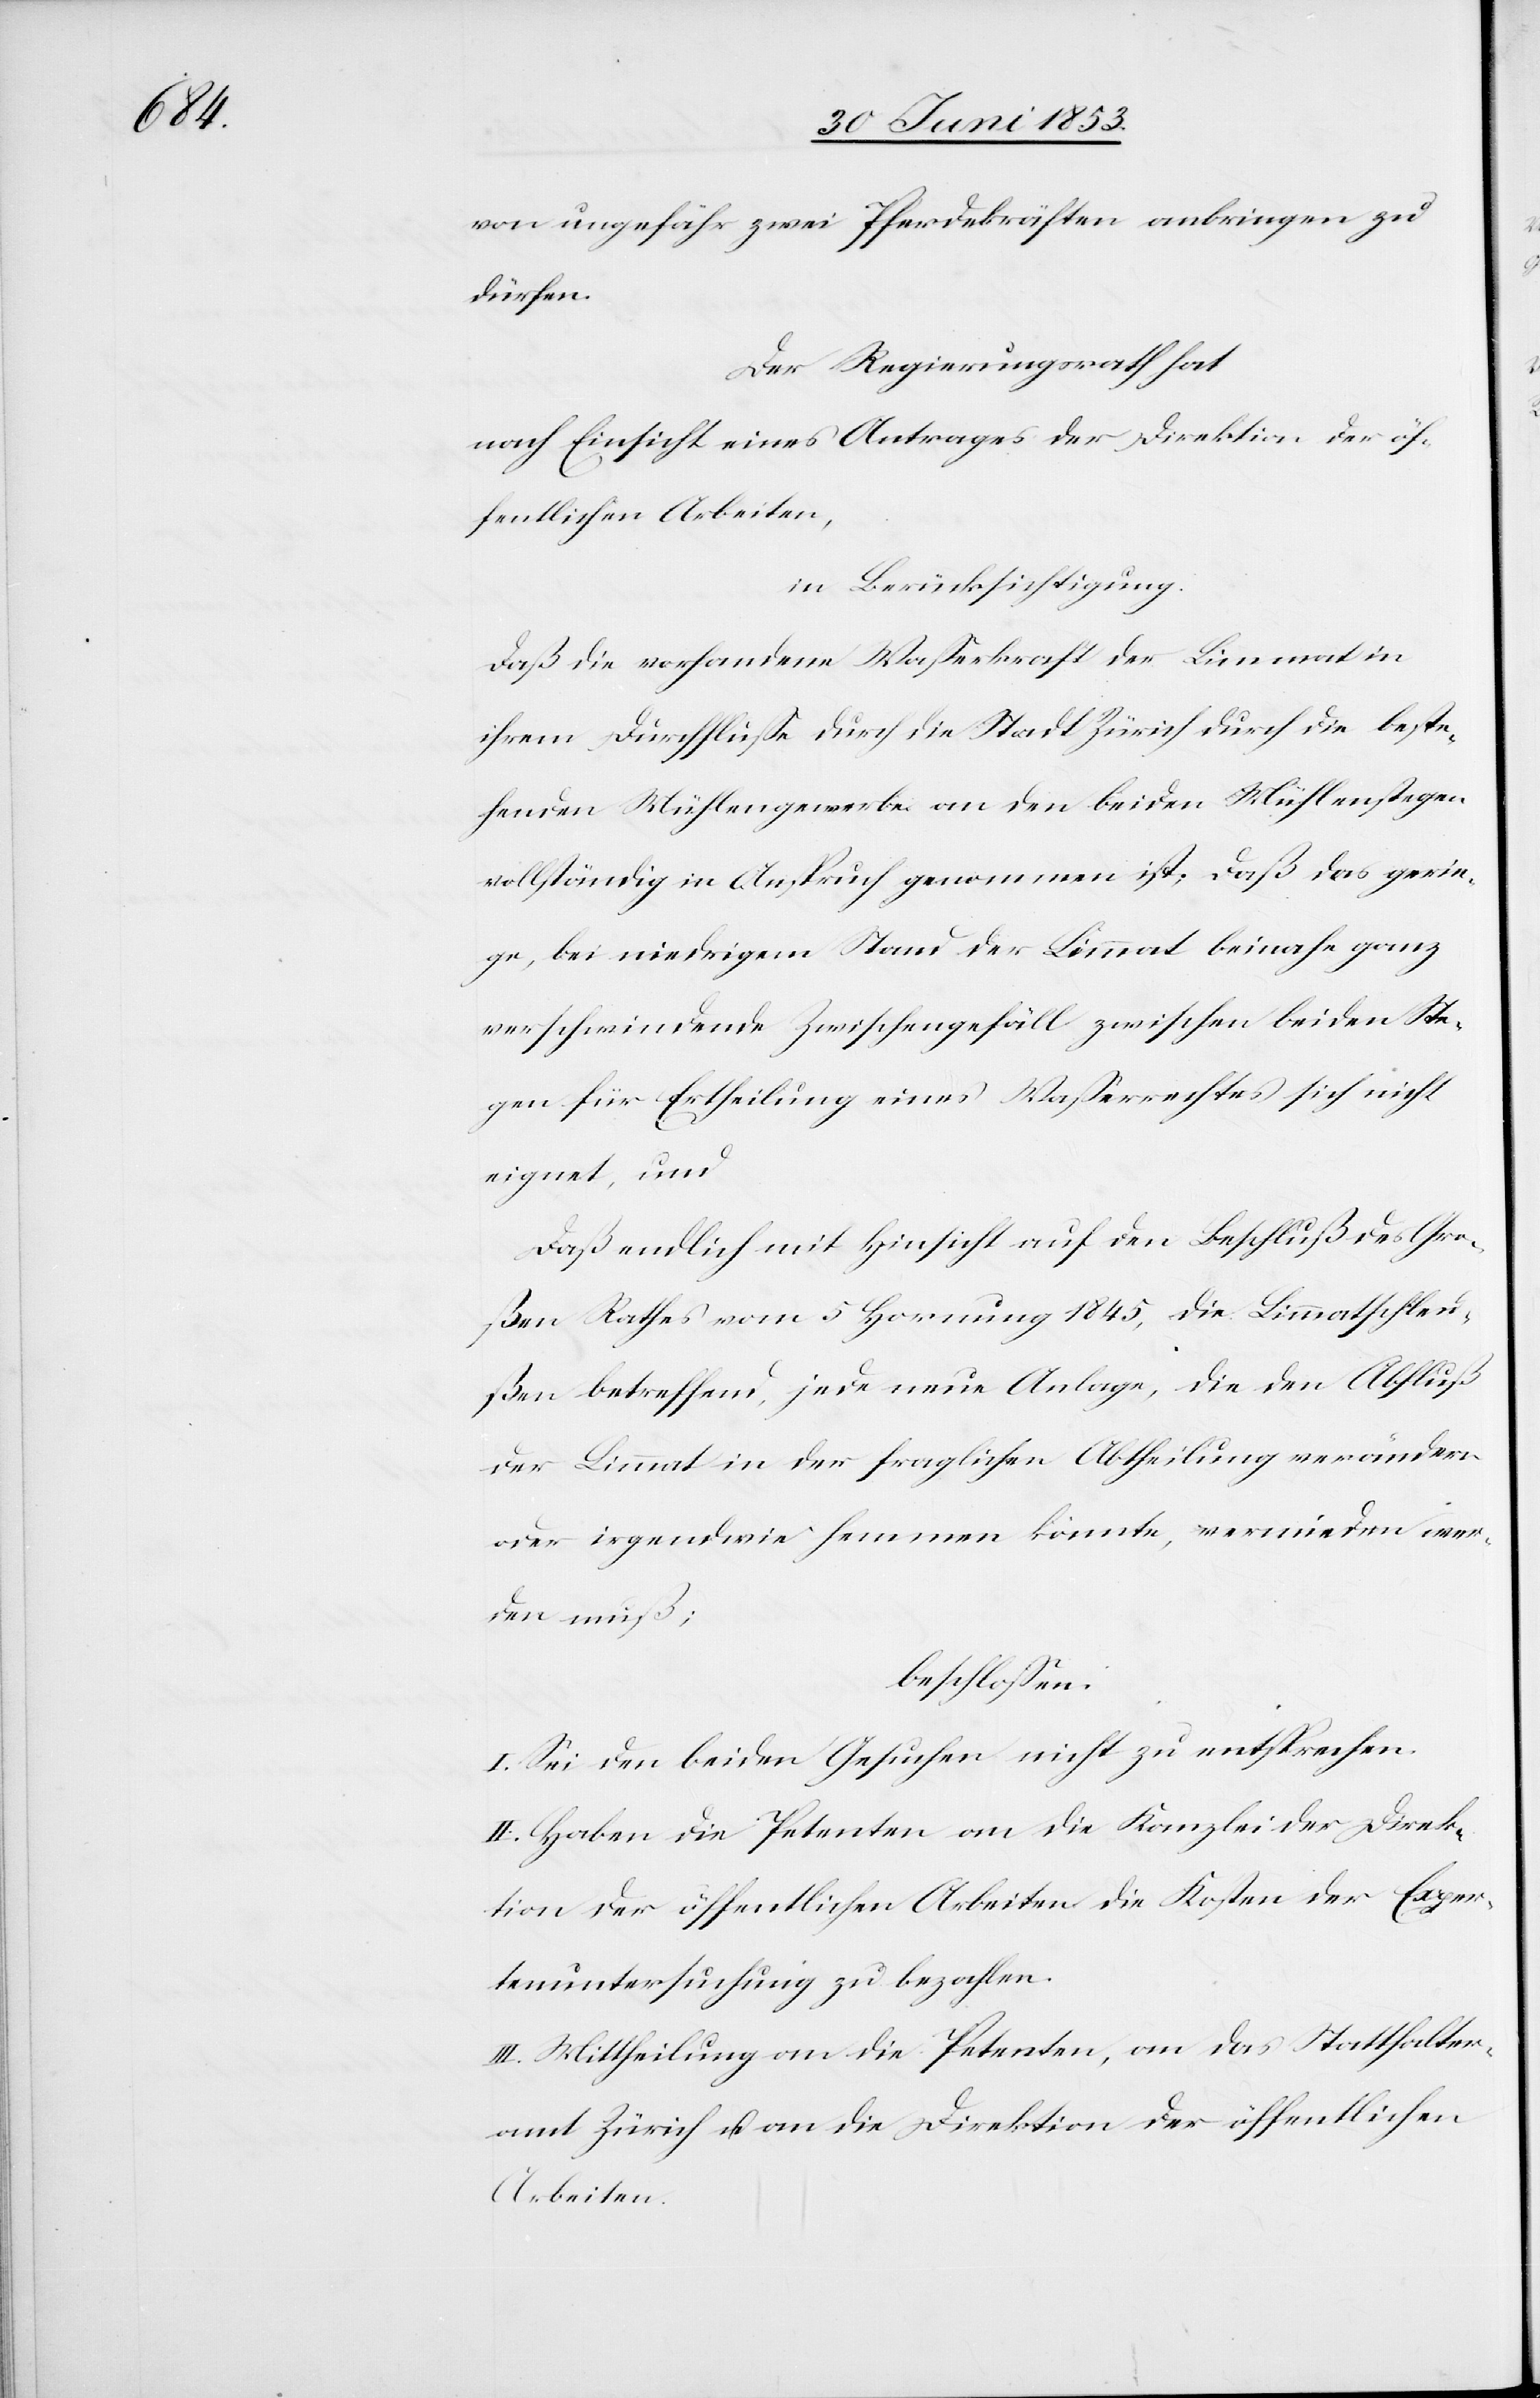
von ungefähr zwei Pferdestärken anbringen zu
dürfen.
Der Regierungsrath hat,
nach Einsicht eines Antrages der Direktion der
öffentlichen Arbeiten,
in Berücksichtigung,
daß die vorhandene Waßerkraft der Limmat in
ihrem Durchfluße durch die Stadt Zürich durch die beste¬
hende Mühlegewerbe an den beiden Mühlenstegen
vollständig in Anspruch genommen ist. Daß das gerin¬
ge, bei niedrigem Stand der Limmat beinahe ganz
verschwindende Zwischengefäll zwischen beiden Ste¬
gen für Ertheilung eines Waßerrechtes sich nicht
eignet und
daß endlich mit Hinsicht auf den Beschluß des Gro¬
ßen Rathes vom 5 Hornung 1845, die Limmatschleu¬
ßen betreffend, jede neue Anlage, die den Abfluß
der Limmat in der fraglichen Abtheilung verändern
oder irgendwie hemmen konnte, vermieden wer¬
den muß;
beschloßen:
I. Sei den beiden Gesuchen nicht zu entsprechen.
II. Haben die Petenten an die Kanzlei der Direk¬
tion der öffentlichen Arbeiten die Kosten der Exper¬
tenuntersuchung zu bezahlen.
III. Mittheilung an die Petenten, an das Statthalter¬
amt Zürich u. an die Direktion der öffentlichen
Arbeiten.